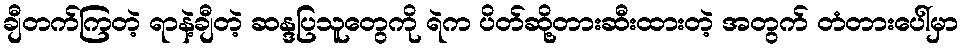
ချီတက်ကြတဲ့ ရာနဲ့ချီတဲ့ ဆန္ဒပြသူတွေကို ရဲက ပိတ်ဆို့တားဆီးထားတဲ့ အတွက် တံတားပေါ်မှာ